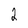
Character: 2